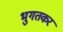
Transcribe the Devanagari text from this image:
भुगतकर